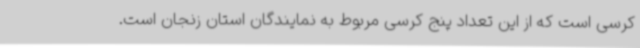
کرسی است که از این تعداد پنج کرسی مربوط به نمایندگان استان زنجان است.